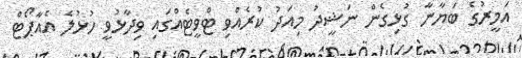
އަމީރުގެ ބަޔާނާ ގުޅިގެން ނަޝީދު މިއަދު ކުރެއްވި ޓްވީޓެއްގައި ވިދާޅުވީ ހުޅުލެ އެއާޕޯޓް